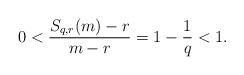
LaTeX: \begin{align*}0 < \frac{S_{q,r}(m)-r}{m-r} = 1 - \frac{1}{q} < 1. \end{align*}